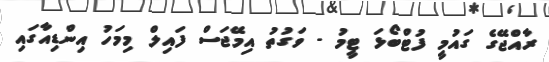
ރާއްޖޭގެ ގައުމީ ފުޓްބޯޅަ ޓީމު - ވަގުތު އިމޭޖަސް ފައިލް މިމަހު އިންޑިއާގައި